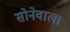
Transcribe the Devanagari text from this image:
सोनेवाला